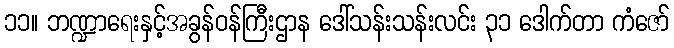
၁၁။ ဘဏ္ဍာရေးနှင့်အခွန်ဝန်ကြီးဌာန ဒေါ်သန်းသန်းလင်း ၃၁ ဒေါက်တာ ကံဇော်